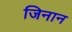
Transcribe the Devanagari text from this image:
जिनान